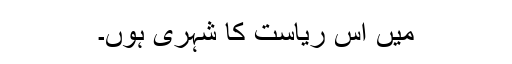
میں اس ریاست کا شہری ہوں۔